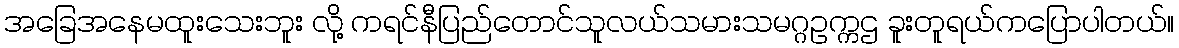
အခြေအနေမထူးသေးဘူး လို့ ကရင်နီပြည်တောင်သူလယ်သမားသမဂ္ဂဥက္ကဌ ခူးတူရယ်ကပြောပါတယ်။